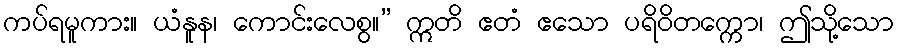
ကပ်ရမူကား။ ယံနူန၊ ကောင်းလေစွ။” ဣတိ ဧတံ ဧသော ပရိဝိတက္ကော၊ ဤသို့သော